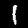
Label: 1